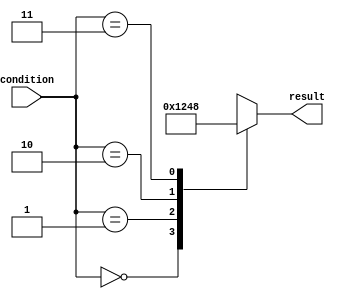
module full_case_statement(
    input [1:0] condition,
    output reg [3:0] result
);

always @(condition) begin
    case(condition)
        2'b00: result <= 4'b0001; // condition 00
        2'b01: result <= 4'b0010; // condition 01
        2'b10: result <= 4'b0100; // condition 10
        2'b11: result <= 4'b1000; // condition 11
        default: result <= 4'b0000; // default condition
    endcase
end

endmodule